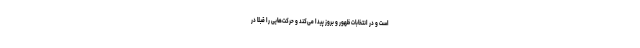
است و در انتخابات ظهور و بروز پیدا می‌کند و حرکت‌هایی را قبلاً در